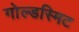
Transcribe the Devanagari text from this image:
गोल्डस्मिट